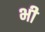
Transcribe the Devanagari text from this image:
भी